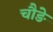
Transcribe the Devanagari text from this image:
चौङे